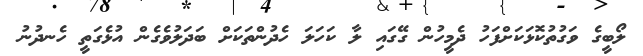
ލޯބީގެ ވަގުތުކޮޅަކަށްފަހު ދެމީހުން ގޭގައި ލާ ކަހަލަ ހެދުންތަކަށް ބަދަލުވެގެން އުޅެގަތީ ހެނދުނު